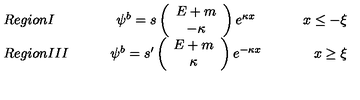
\begin{array} { l c r } { R e g i o n I \qquad } & { \psi ^ { b } = s \left( \begin{array} { c } { E + m } \\ { - \kappa } \\ \end{array} \right) e ^ { \kappa x } } & { \qquad x \leq - \xi } \\ { R e g i o n I I I \qquad } & { \psi ^ { b } = s ^ { \prime } \left( \begin{array} { c } { E + m } \\ { \kappa } \\ \end{array} \right) e ^ { - \kappa x } } & { \qquad x \geq \xi } \\ \end{array}